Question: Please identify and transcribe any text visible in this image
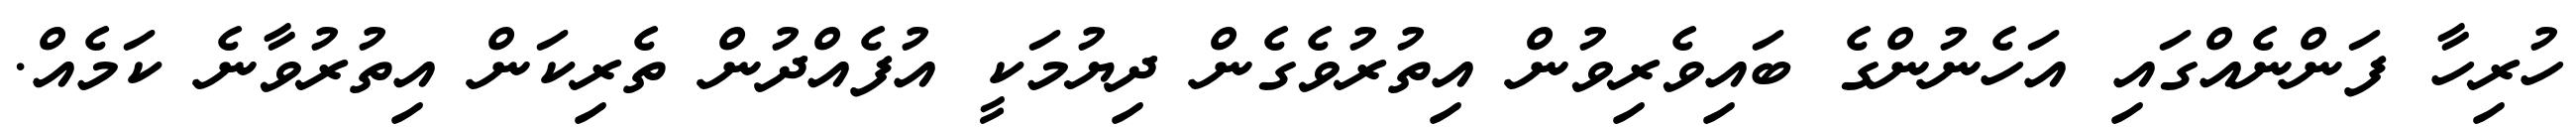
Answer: ހުރިހާ ފަންނެއްގައި އަހެނުންގެ ބައިވެރިވުން އިތުރުވެގެން ދިޔުމަކީ އުފެއްދުން ތެރިކަން އިތުރުވާނެ ކަމެއް.